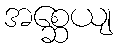
အစ္ဆေယျ